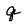
Character: q